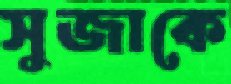
সুজাকে